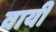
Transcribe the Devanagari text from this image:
वायीं